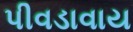
પીવડાવાય